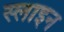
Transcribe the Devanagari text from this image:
स्लाइन